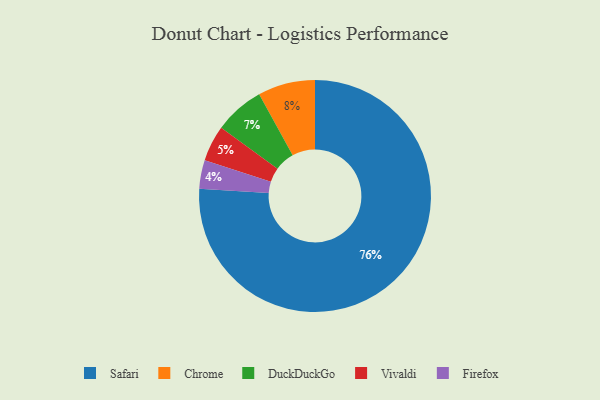
{"axis": {"x": "Category", "y": "Percentage"}, "legend": ["Chrome", "DuckDuckGo", "Firefox", "Safari", "Vivaldi"], "data": [{"x": "DuckDuckGo", "y": 7, "type": "DuckDuckGo"}, {"x": "Vivaldi", "y": 5, "type": "Vivaldi"}, {"x": "Chrome", "y": 8, "type": "Chrome"}, {"x": "Firefox", "y": 4, "type": "Firefox"}, {"x": "Safari", "y": 76, "type": "Safari"}]}